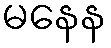
မနေန